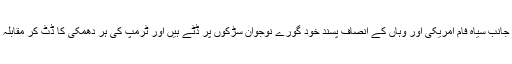
لیکن دوسری جانب سیاہ فام امریکی اور وہاں کے انصاف پسند خود گورے نوجوان سڑکوں پر ڈٹے ہیں اور ٹرمپ کی ہر دھمکی کا ڈٹ کر مقابلہ کر رہے ہیں۔